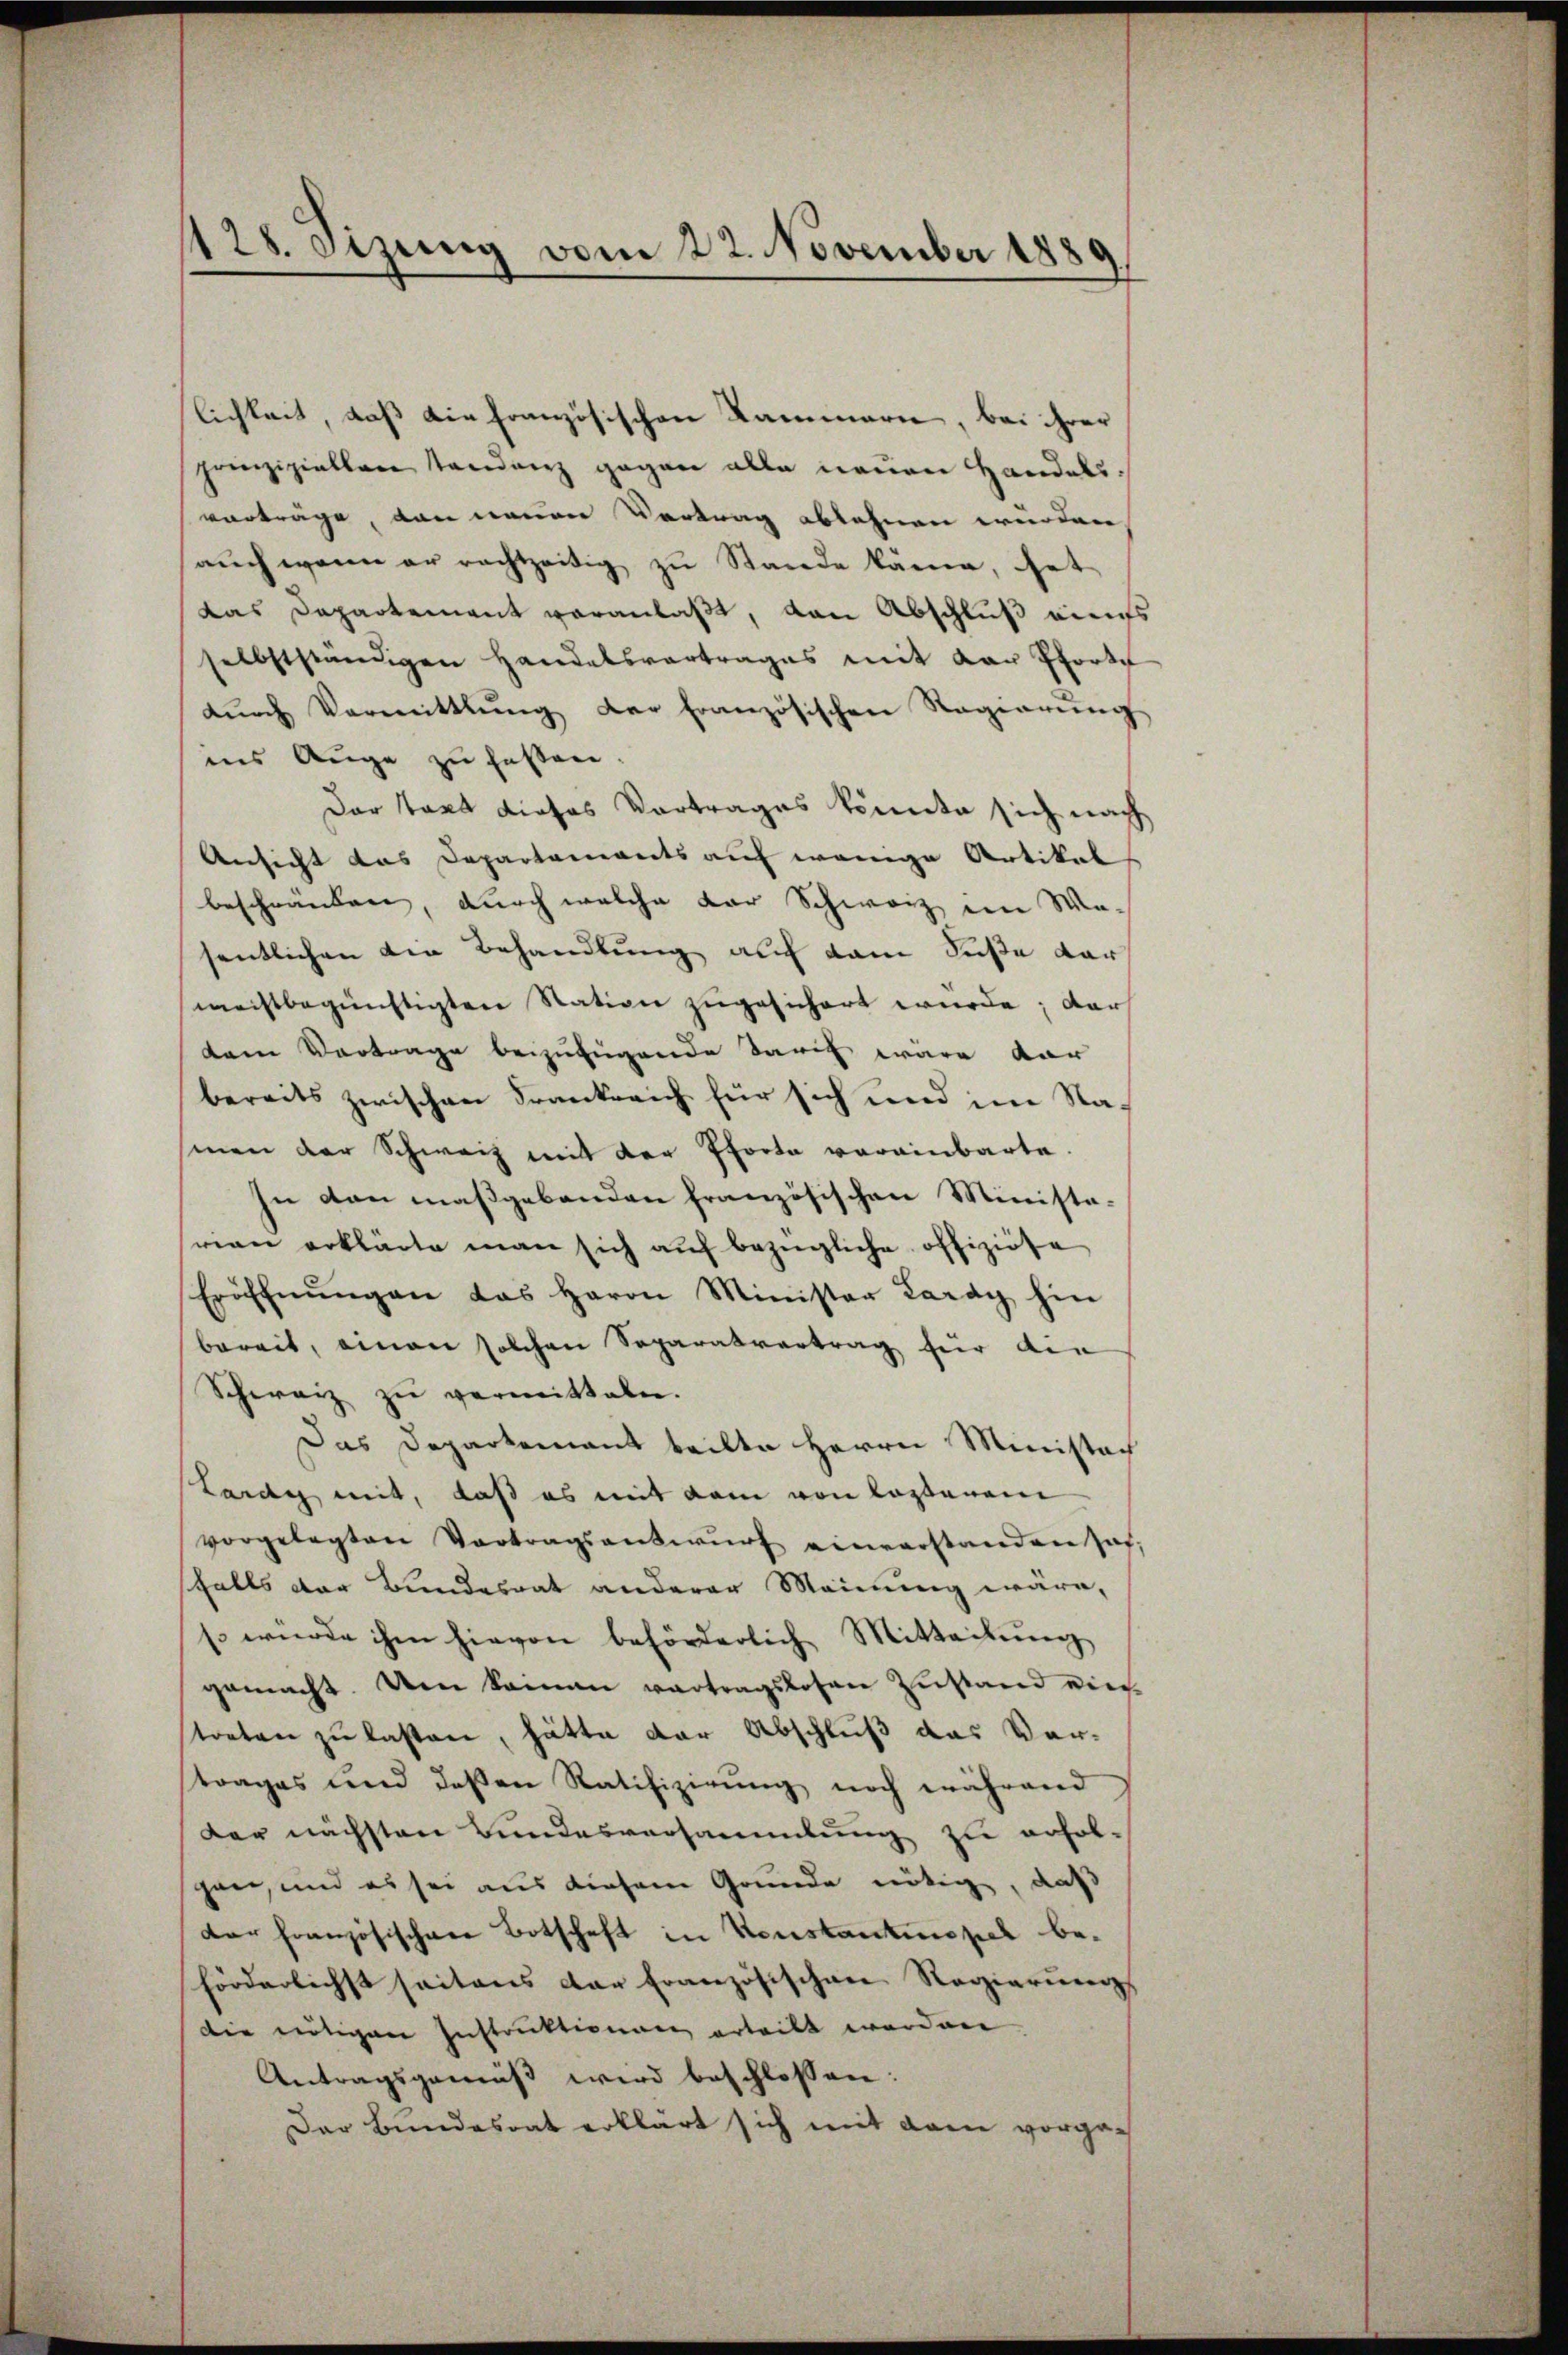
128. Sizung vom 22. November 1889
d

prinzipiellen Standenz gegen alle neuen Handelsvorträge, von neuen Vertrag ablehnen wurden
auch wenn er rechtzeitig zu Stande käme, hat
das Departement veranlaßt, von Abschluß aufs
selbstständigen Handelsvertrages mit von Pfort
dŭrch Vermittlung der französischen Regierŭng
ins Auge zu fassen.
Der tart dieses Vortrages könnte sich nach
Ansicht das Departements auf wenige Artikal
beschränken, durch welche der Schweiz im We-
sentlichen die Behandlung auf dem Fuße dar
meistbegünstigten Station zugesichert wurde; dar
dem Vortrage beizufügende Tarif wäre dar
bereits zwischen Frankreich für sich und im Nasinen der Schweiz mit der Pforta voreinbarte
In den maßgebenden französischen Ministawan erklärte man sich aŭf bezügliche offiziöse
Eröffnŭngen das Herrn Minister Lardy hin
bereit, einen solchen Separatvertrag hier ain
Schweiz zŭ vermitteln.
Das Departement teilte Herrn Ministac
Lardy mit, daß es mit dem von lezterem
vorgelegten Vortragsentwŭrf einverstanden hat.
sfalls der Bundesrat anderer Meinung wäre,
s. wurde ihm hievon beförderlich Mitteilŭng
gemacht. Um keinen vertragslosen Zustand vier-
treten zu lasten, hätte der Abschluß das Ver-
trages und deßen Ratifizierŭng noch während
der nächsten Bundesversammlung zu erfolpan, und es sei aus diesem Grunde nötige, daß
dar französischen Botschaft in Verstantinopel beförderlichst seitens der französischen Regierungs
die nötigen Instruktionen erteilt worden.
Antragsgemäβ wird beschlossen:
Der Bundesrat erklärt sich mit dem vorge¬

lichkeit, daß die französischen Kammern, bei ihrer